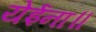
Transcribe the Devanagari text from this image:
येईना॥